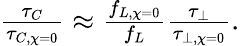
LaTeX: \begin{array}{r}{\frac{\tau_{C}}{\tau_{C,\chi=0}}\approx\frac{f_{L,\chi=0}}{f_{L}}\frac{\tau_{\perp}}{\tau_{\perp,\chi=0}}.}\end{array}